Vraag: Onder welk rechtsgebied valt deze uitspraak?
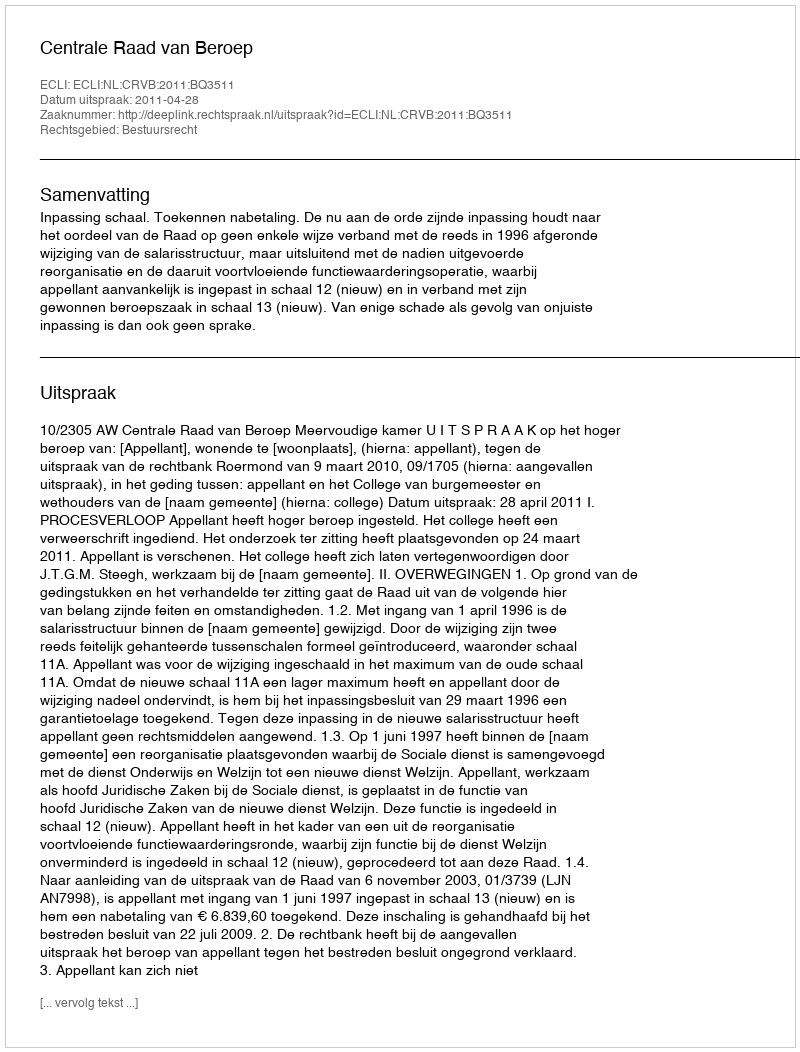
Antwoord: Bestuursrecht